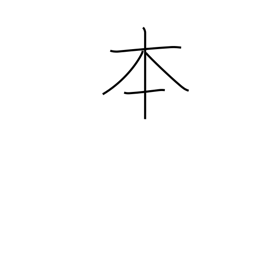
Meaning: counter for long cylindrical things